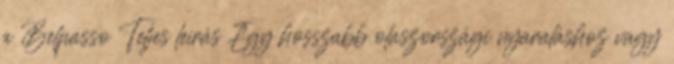
a Belpasso Teljes leírás Egy hosszabb olaszországi nyaraláshoz vagy